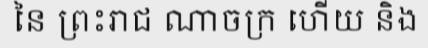
នៃ ព្រះរាជ ណាចក្រ ហើយ និង